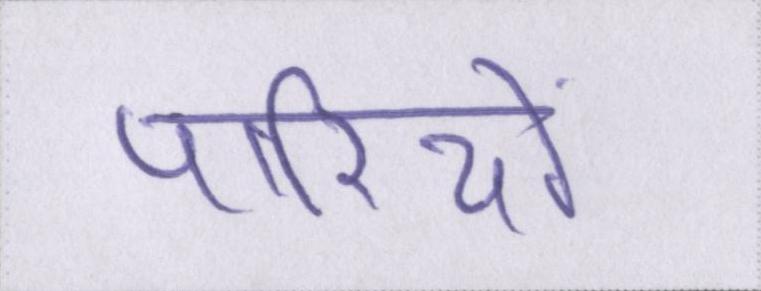
पारियों